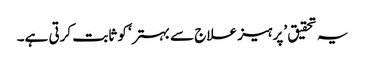
یہ تحقیق ’پرہیز علاج سے بہتر‘ کو ثابت کرتی ہے۔